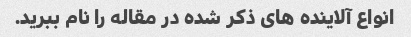
انواع آلاینده های ذکر شده در مقاله را نام ببرید.